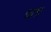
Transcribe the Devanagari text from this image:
चता